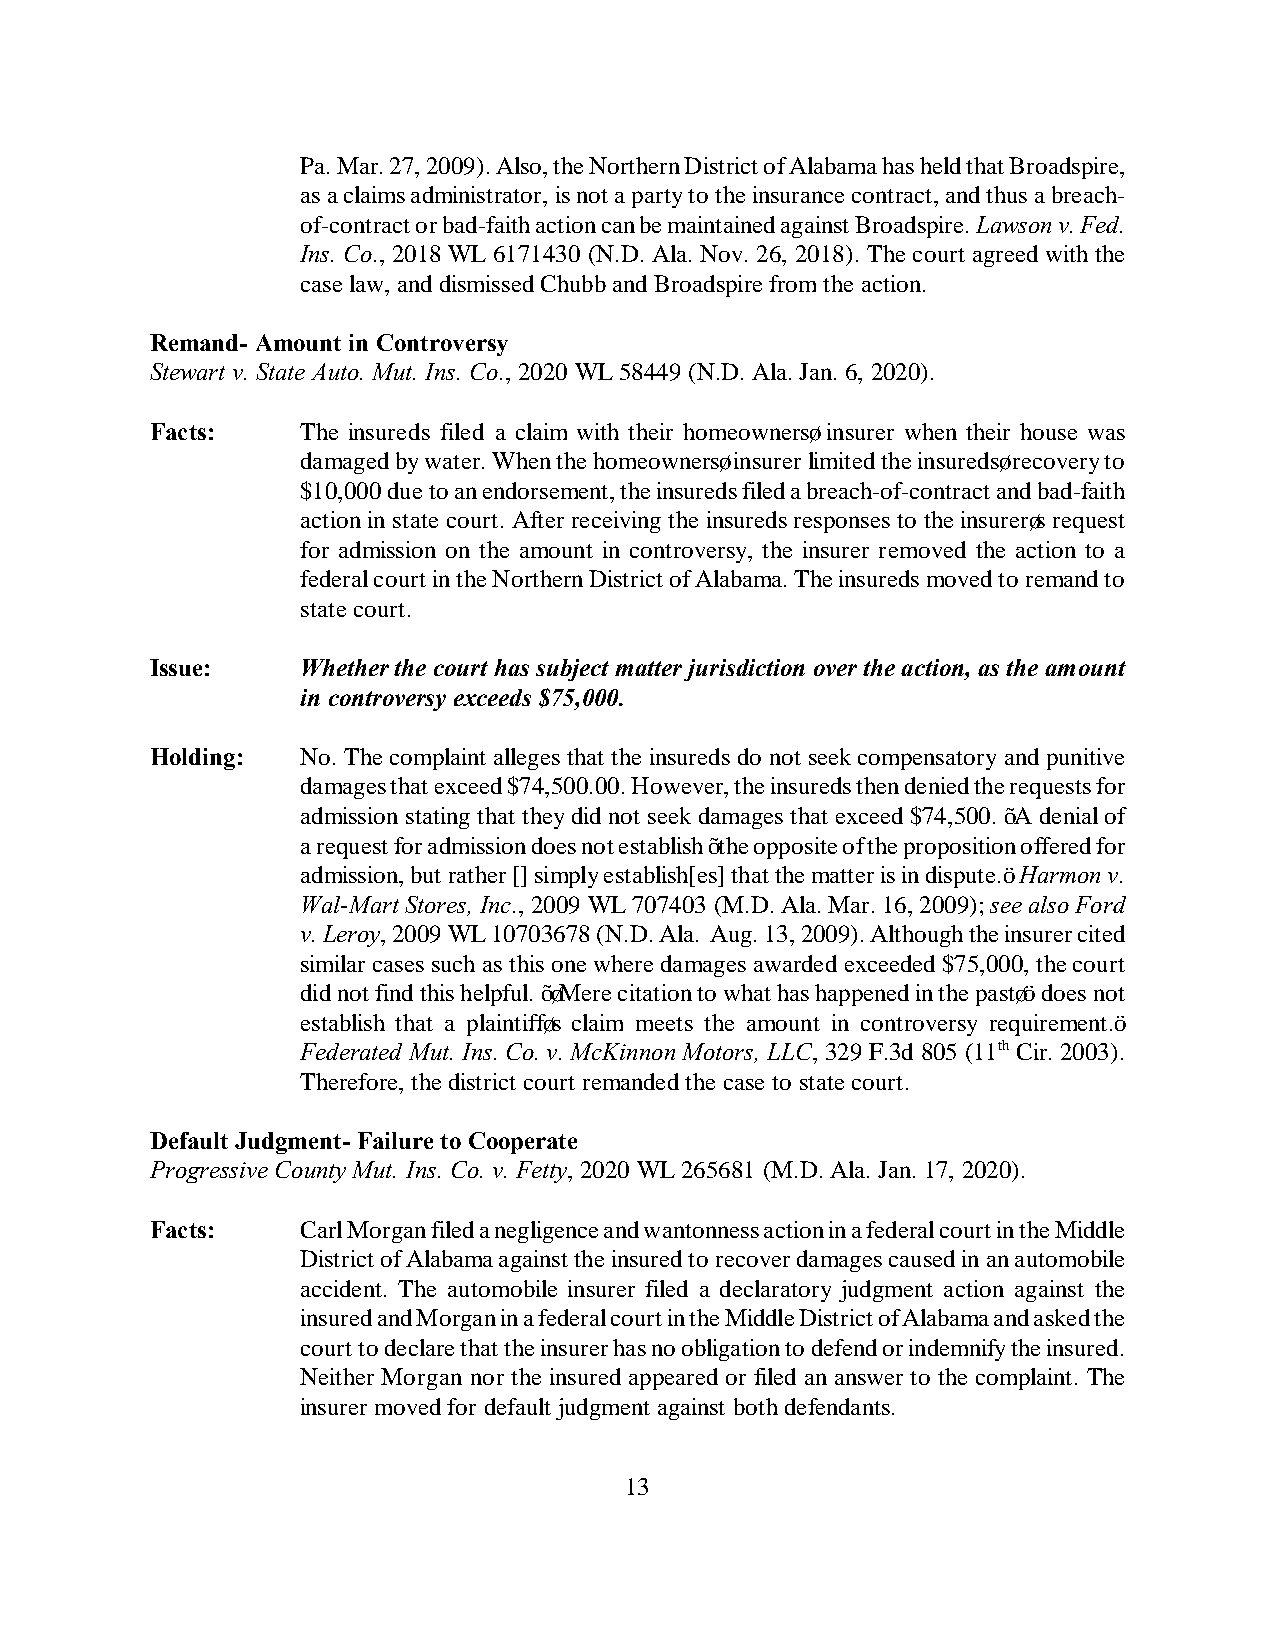
Pa. Mar. 27, 2009). Also, the Northern District of Alabama has held that Broadspire,
 as a claims administrator, is not a party to the insurance contract, and thus a breach-
 of-contract or bad-faith action can be maintained against Broadspire. Lawson v. Fed.
 Ins. Co., 2018 WL 6171430 (N.D. Ala. Nov. 26, 2018). The court agreed with the
 case law, and dismissed Chubb and Broadspire from the action.
 Remand- Amount in Controversy
 Stewart v. State Auto. Mut. Ins. Co., 2020 WL 58449 (N.D. Ala. Jan. 6, 2020).
 Facts:    The insureds filed a claim with their homeowners’ insurer when their house was
 damaged by water. When the homeowners’ insurer limited the insureds’ recovery to
 $10,000 due to an endorsement, the insureds filed a breach-of-contract and bad-faith
 action in state court. After receiving the insureds responses to the insurer’s request
 for admission on the amount in controversy, the insurer removed the action to a
 federal court in the Northern District of Alabama. The insureds moved to remand to
 state court.
 Issue:    Whether the court has subject matter jurisdiction over the action, as the amount
 in controversy exceeds $75,000.
 Holding:  No. The complaint alleges that the insureds do not seek compensatory and punitive
 damages that exceed $74,500.00. However, the insureds then denied the requests for
 admission stating that they did not seek damages that exceed $74,500. “A denial of
 a request for admission does not establish “the opposite of the proposition offered for
 admission, but rather [] simply establish[es] that the matter is in dispute.” Harmon v.
 Wal-Mart Stores, Inc., 2009 WL 707403 (M.D. Ala. Mar. 16, 2009); see also Ford
 v. Leroy, 2009 WL 10703678 (N.D. Ala. Aug. 13, 2009). Although the insurer cited
 similar cases such as this one where damages awarded exceeded $75,000, the court
 did not find this helpful. “’Mere citation to what has happened in the past’” does not
 establish that a plaintiff’s claim meets the amount in controversy requirement.”
 Federated Mut. Ins. Co. v. McKinnon Motors, LLC, 329 F.3d 805 (11th Cir. 2003).
 Therefore, the district court remanded the case to state court.
 Default Judgment- Failure to Cooperate
 Progressive County Mut. Ins. Co. v. Fetty, 2020 WL 265681 (M.D. Ala. Jan. 17, 2020).
 Facts:    Carl Morgan filed a negligence and wantonness action in a federal court in the Middle
 District of Alabama against the insured to recover damages caused in an automobile
 accident. The automobile insurer filed a declaratory judgment action against the
 insured and Morgan in a federal court in the Middle District of Alabama and asked the
 court to declare that the insurer has no obligation to defend or indemnify the insured.
 Neither Morgan nor the insured appeared or filed an answer to the complaint. The
 insurer moved for default judgment against both defendants.
 13